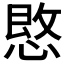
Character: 𪬒